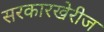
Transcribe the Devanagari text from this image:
सरकारखेरीज